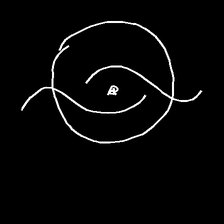
Glyph: repetition